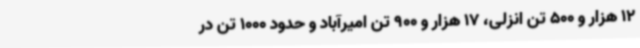
12 هزار و 500 تن انزلی، 17 هزار و 900 تن امیرآباد و حدود 1000 تن در